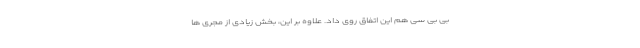
بی بی سی هم این اتفاق روی داد. علاوه بر این، بخش زیادی از مجری ها